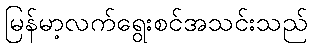
မြန်မာ့လက်ရွေးစင်အသင်းသည်